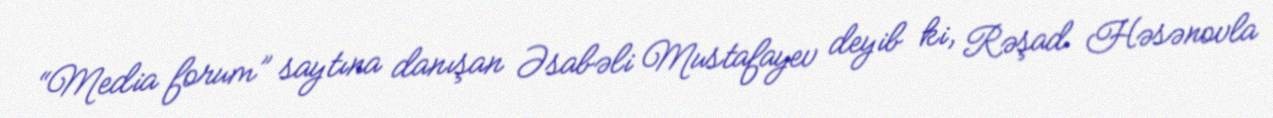
“Media forum” saytına danışan Əsabəli Mustafayev deyib ki, Rəşad Həsənovla